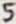
Text: 5